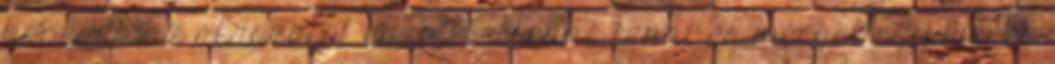
képesek az áldozatot eszméletlenné tenni és mérget egy méreg